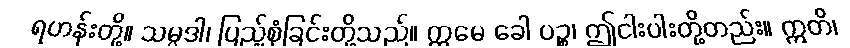
ရဟန်းတို့။ သမ္ပဒါ၊ ပြည့်စုံခြင်းတို့သည်။ ဣမေ ခေါ ပဉ္စ၊ ဤငါးပါးတို့တည်း။ ဣတိ၊